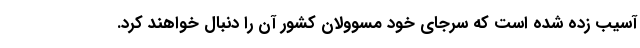
آسیب زده شده است که سرجای خود مسوولان کشور آن را دنبال خواهند کرد.